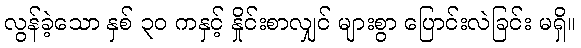
လွန်ခဲ့သော နှစ် ၃၀ ကနှင့် နှိုင်းစာလျှင် များစွာ ပြောင်းလဲခြင်း မရှိ။